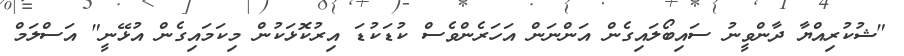
"ޝުކުރިއްޔާ ދާންވީނު ސައިބޯލައިގެން އަންނަން އަހަރެންވެސް ކުޑަކުޑަ އިރުކޮޅަކުން މިކަމައިގެން އުޅޭނީ" އަސްލަމް